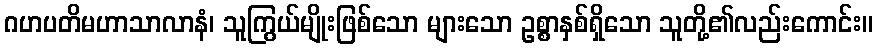
ဂဟပတိမဟာသာလာနံ၊ သူကြွယ်မျိုးဖြစ်သော များသော ဥစ္စာနှစ်ရှိသော သူတို့၏လည်းကောင်း။